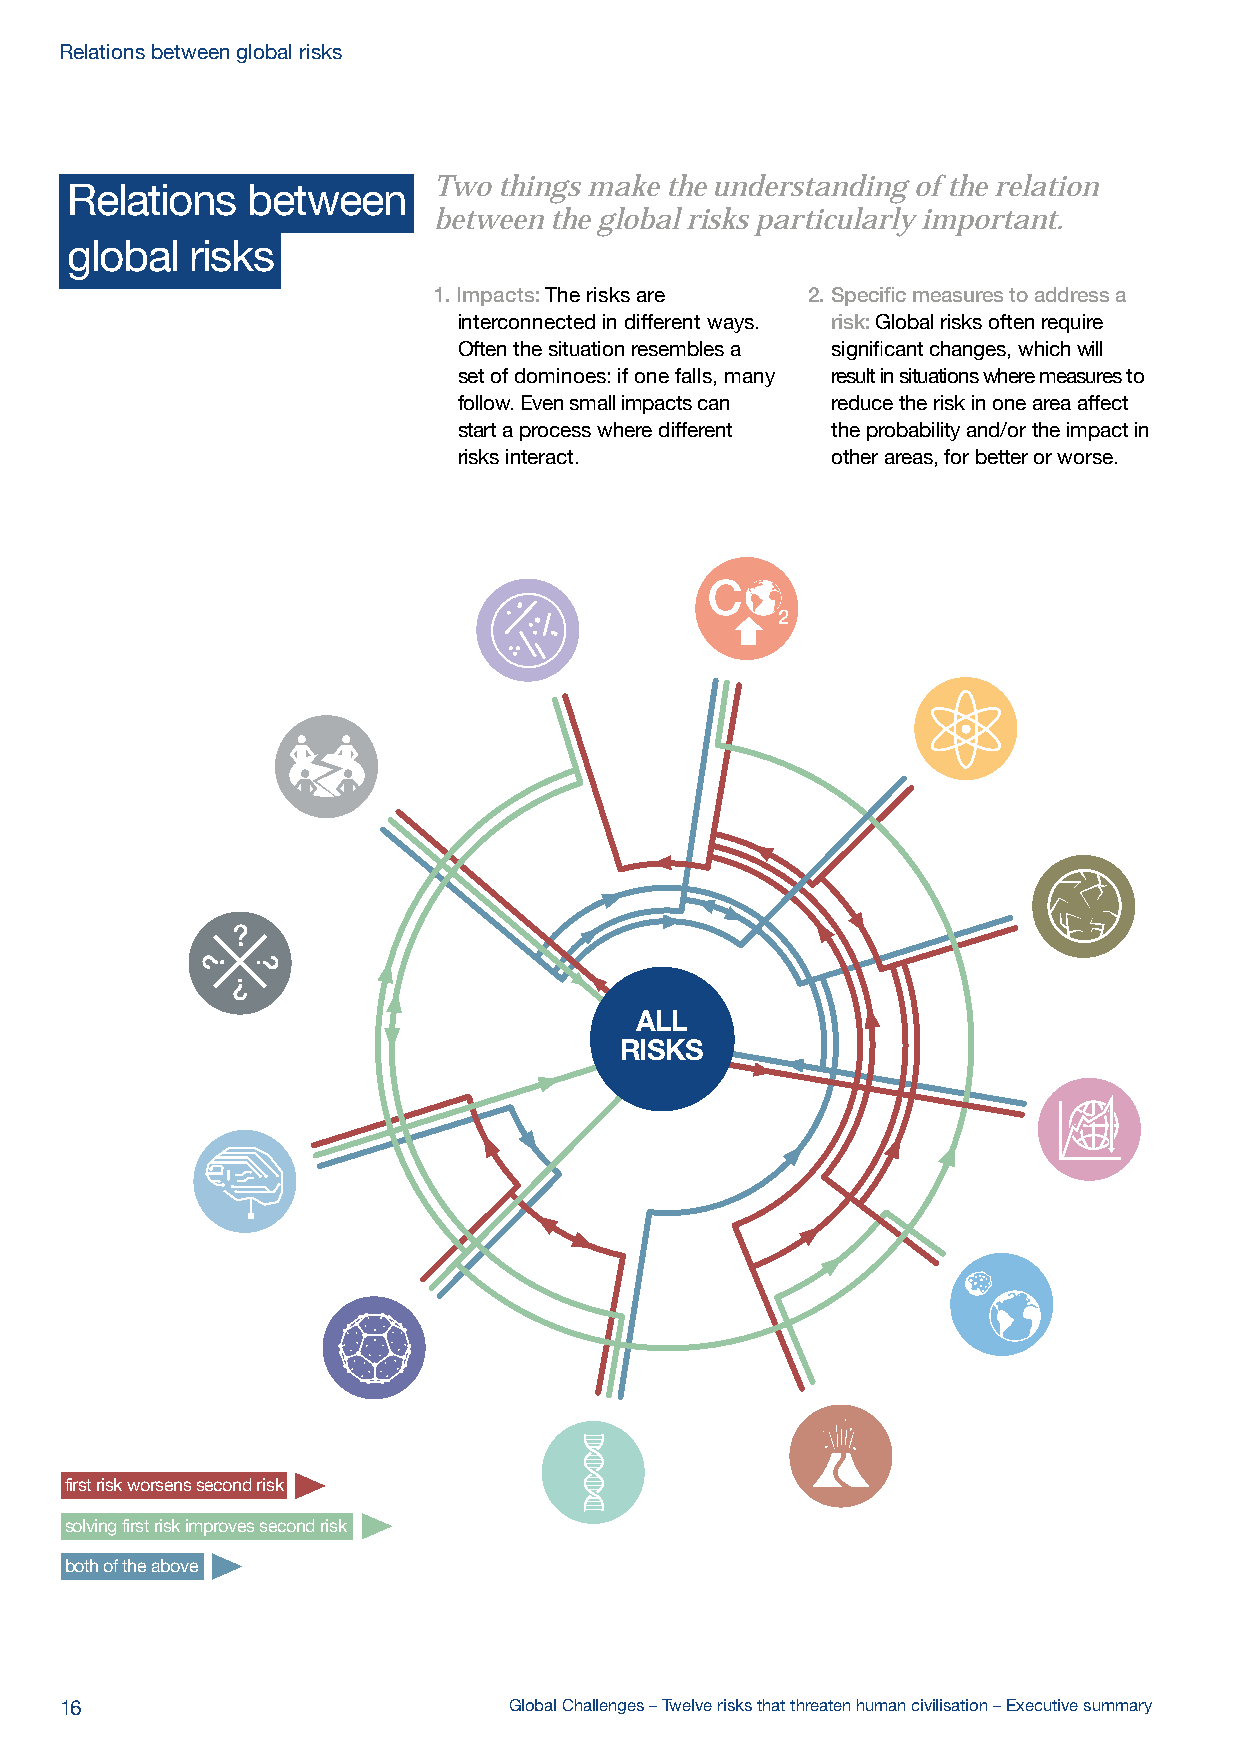
Relations between global risks
 Two things make the understanding of the relation
 Relations   between
 between the global risks particularly important.
 global   risks
 1. Impacts: The risks are 2. Specific measures to address a
 interconnected in different ways. risk: Global risks often require
 Often the situation resembles a significant changes, which will
 set of dominoes: if one falls, many result in situations where measures to
 follow. Even small impacts can reduce the risk in one area affect
 start a process where different the probability and/or the impact in
 risks interact.          other areas, for better or worse.
 ALL
 RISKS
 first risk worsens second risk
 solving first risk improves second risk
 both of the above
 16                            Global Challenges – Twelve risks that threaten human civilisation – Executive summary